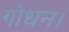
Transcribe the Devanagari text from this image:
गोधन।